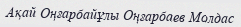
Ақай Оңғарбайұлы Оңғарбаев Молдас